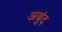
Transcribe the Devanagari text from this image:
अबुंद